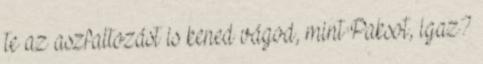
te az aszfaltozást is kened vágod, mint Paksot, igaz?